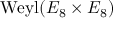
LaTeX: { \mathrm { W e y l } } ( E _ { 8 } \times E _ { 8 } )